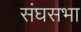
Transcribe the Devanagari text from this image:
संघसभा